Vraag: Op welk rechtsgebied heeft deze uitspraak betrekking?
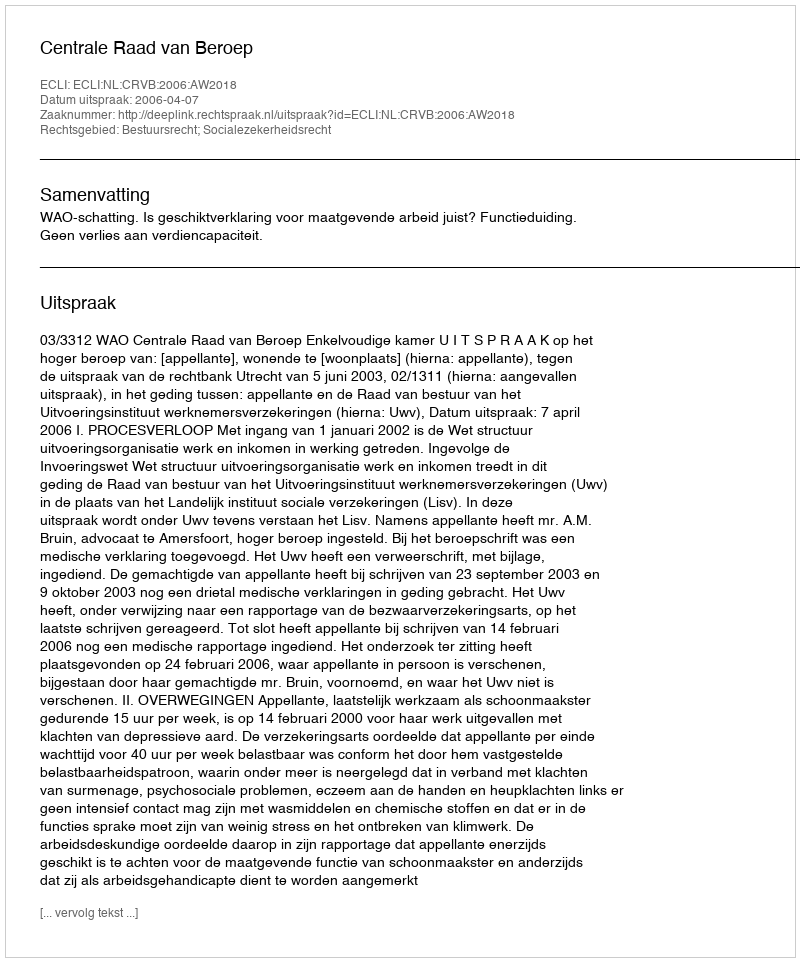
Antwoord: Bestuursrecht; Socialezekerheidsrecht